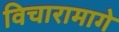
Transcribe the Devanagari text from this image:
विचारामागे